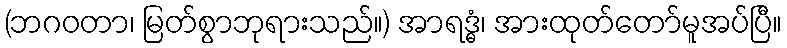
(ဘဂဝတာ၊ မြတ်စွာဘုရားသည်။) အာရဒ္ဓံ၊ အားထုတ်တော်မူအပ်ပြီ။